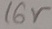
Text: 16V